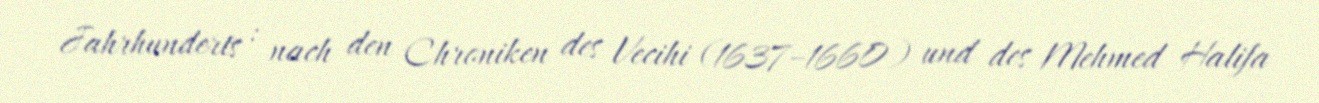
Jahrhunderts : nach den Chroniken des Vecihi (1637–1660) und des Mehmed Halifa